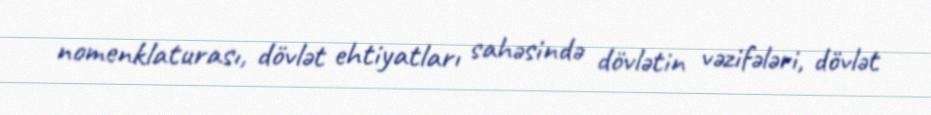
nomenklaturası, dövlət ehtiyatları sahəsində dövlətin vəzifələri, dövlət